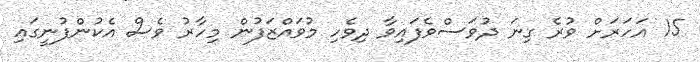
15 އަހަރަށް ވުރެ ގިނަ ދުވަސްވެފައިވާ ދިވެހި މުވައްޒަފުން މިހާރު ވެސް އެކުންފުނީގައި